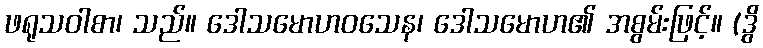
ဖရုသဝါစာ၊ သည်။ ဒေါသမောဟဝသေန၊ ဒေါသမောဟ၏ အစွမ်းဖြင့်။ (ဒွိ